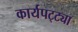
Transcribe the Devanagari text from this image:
कार्यपट्ट्या